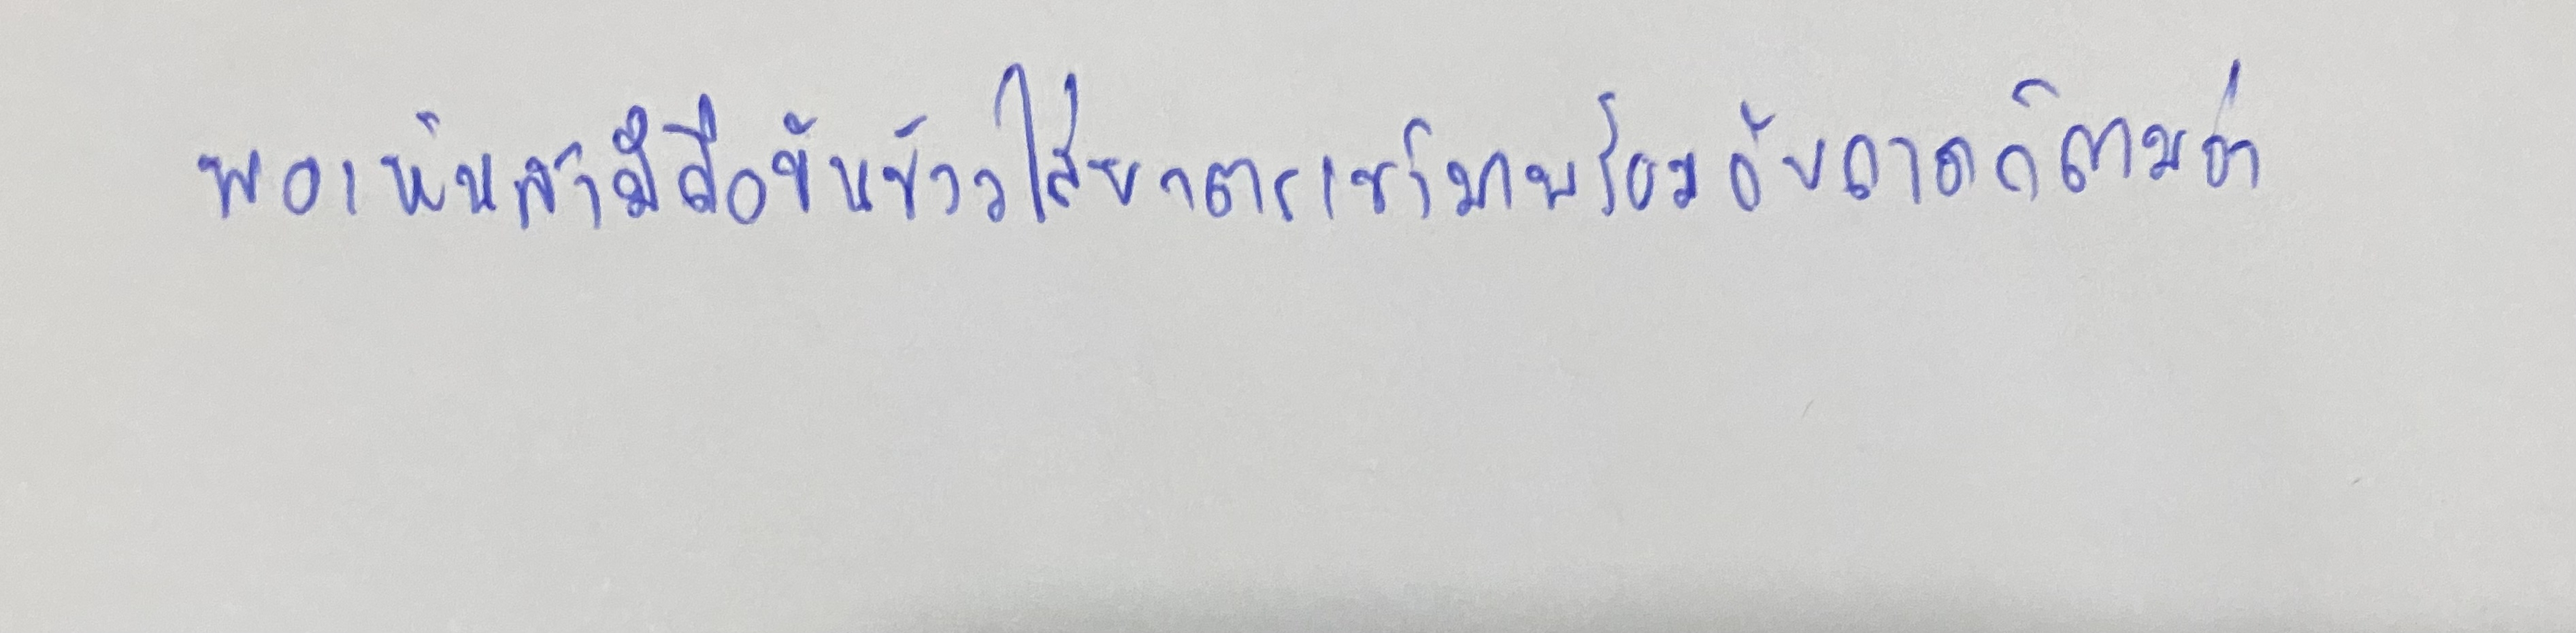
พอเห็นสามีถือขันข้าวใส่บาตรเข้ามาพร้อมกับถาดก็ถามว่า